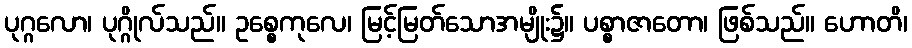
ပုဂ္ဂလော၊ ပုဂ္ဂိုလ်သည်။ ဥစ္စေကုလေ၊ မြင့်မြတ်သောအမျိုး၌။ ပစ္စာဇာတော၊ ဖြစ်သည်။ ဟောတိ၊